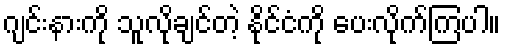
ဂျင်းနားကို သူလိုချင်တဲ့ နိုင်ငံကို ပေးလိုက်ကြပါ။